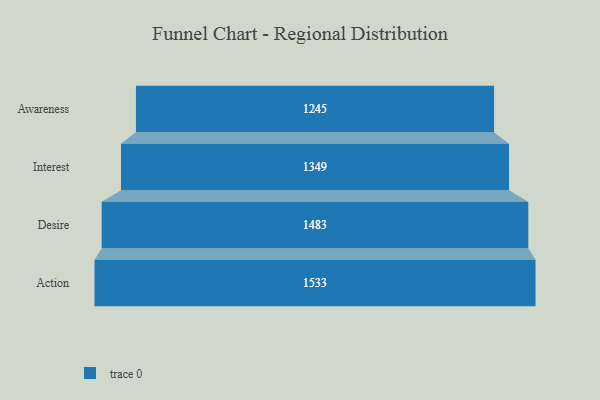
{"axis": {"x": "Stage", "y": "Value"}, "legend": [""], "data": [{"x": "Awareness", "y": 1245.0, "type": ""}, {"x": "Interest", "y": 1349.0, "type": ""}, {"x": "Desire", "y": 1483.0, "type": ""}, {"x": "Action", "y": 1533.0, "type": ""}]}